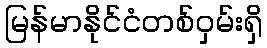
မြန်မာနိုင်ငံတစ်ဝှမ်းရှိ